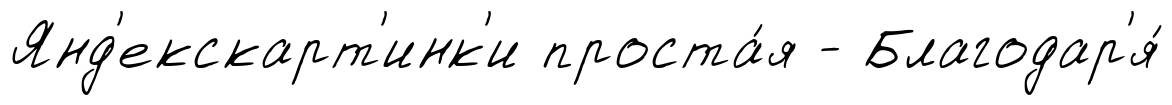
Янд'екскарт'инк'и проста́я - Благодар'я́